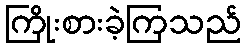
ကြိုးစားခဲ့ကြသည်